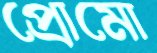
প্রোমো